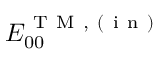
E _ { 0 0 } ^ { \mathrm { ~ T ~ M ~ , ~ ( ~ i ~ n ~ ) ~ } }